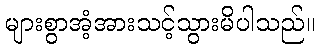
များစွာအံ့အားသင့်သွားမိပါသည်။